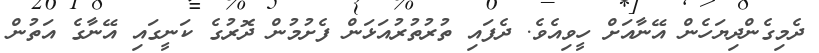
ދެމިގެންދިޔަހެން އޭނާއަށް ހީވިއެވެ. ދެފައި ތުރުތުރުއަޅަން ފެށުމުން ދޮރުގެ ކަނީގައި އޭނާގެ އަތުން